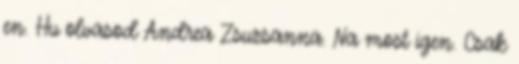
en. Hu olvasod Andrea Zsuzsanna. Na most igen. Csak